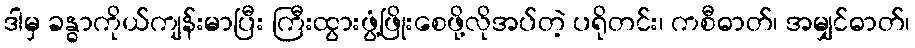
ဒါမှ ခန္ဓာကိုယ်ကျန်းမာပြီး ကြီးထွားဖွံ့ဖြိုးစေဖို့လိုအပ်တဲ့ ပရိုတင်း၊ ကစီဓာတ်၊ အမျှင်ဓာတ်၊